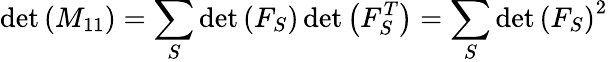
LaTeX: \operatorname*{det}\left(M_{11}\right)=\sum_{S}\operatorname*{det}\left(F_{S}\right)\operatorname*{det}\left(F_{S}^{T}\right)=\sum_{S}\operatorname*{det}\left(F_{S}\right)^{2}